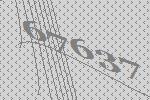
67637